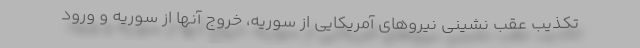
تکذیب عقب نشینی نیروهای آمریکایی از سوریه، خروج آنها از سوریه و ورود